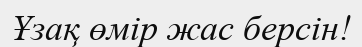
Ұзақ өмір жас берсін!